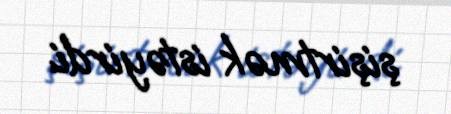
şişirtmək istəyirdi.